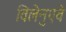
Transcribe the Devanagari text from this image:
विलेनुएवे